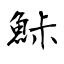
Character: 鮛